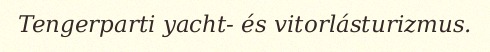
Tengerparti yacht- és vitorlásturizmus.